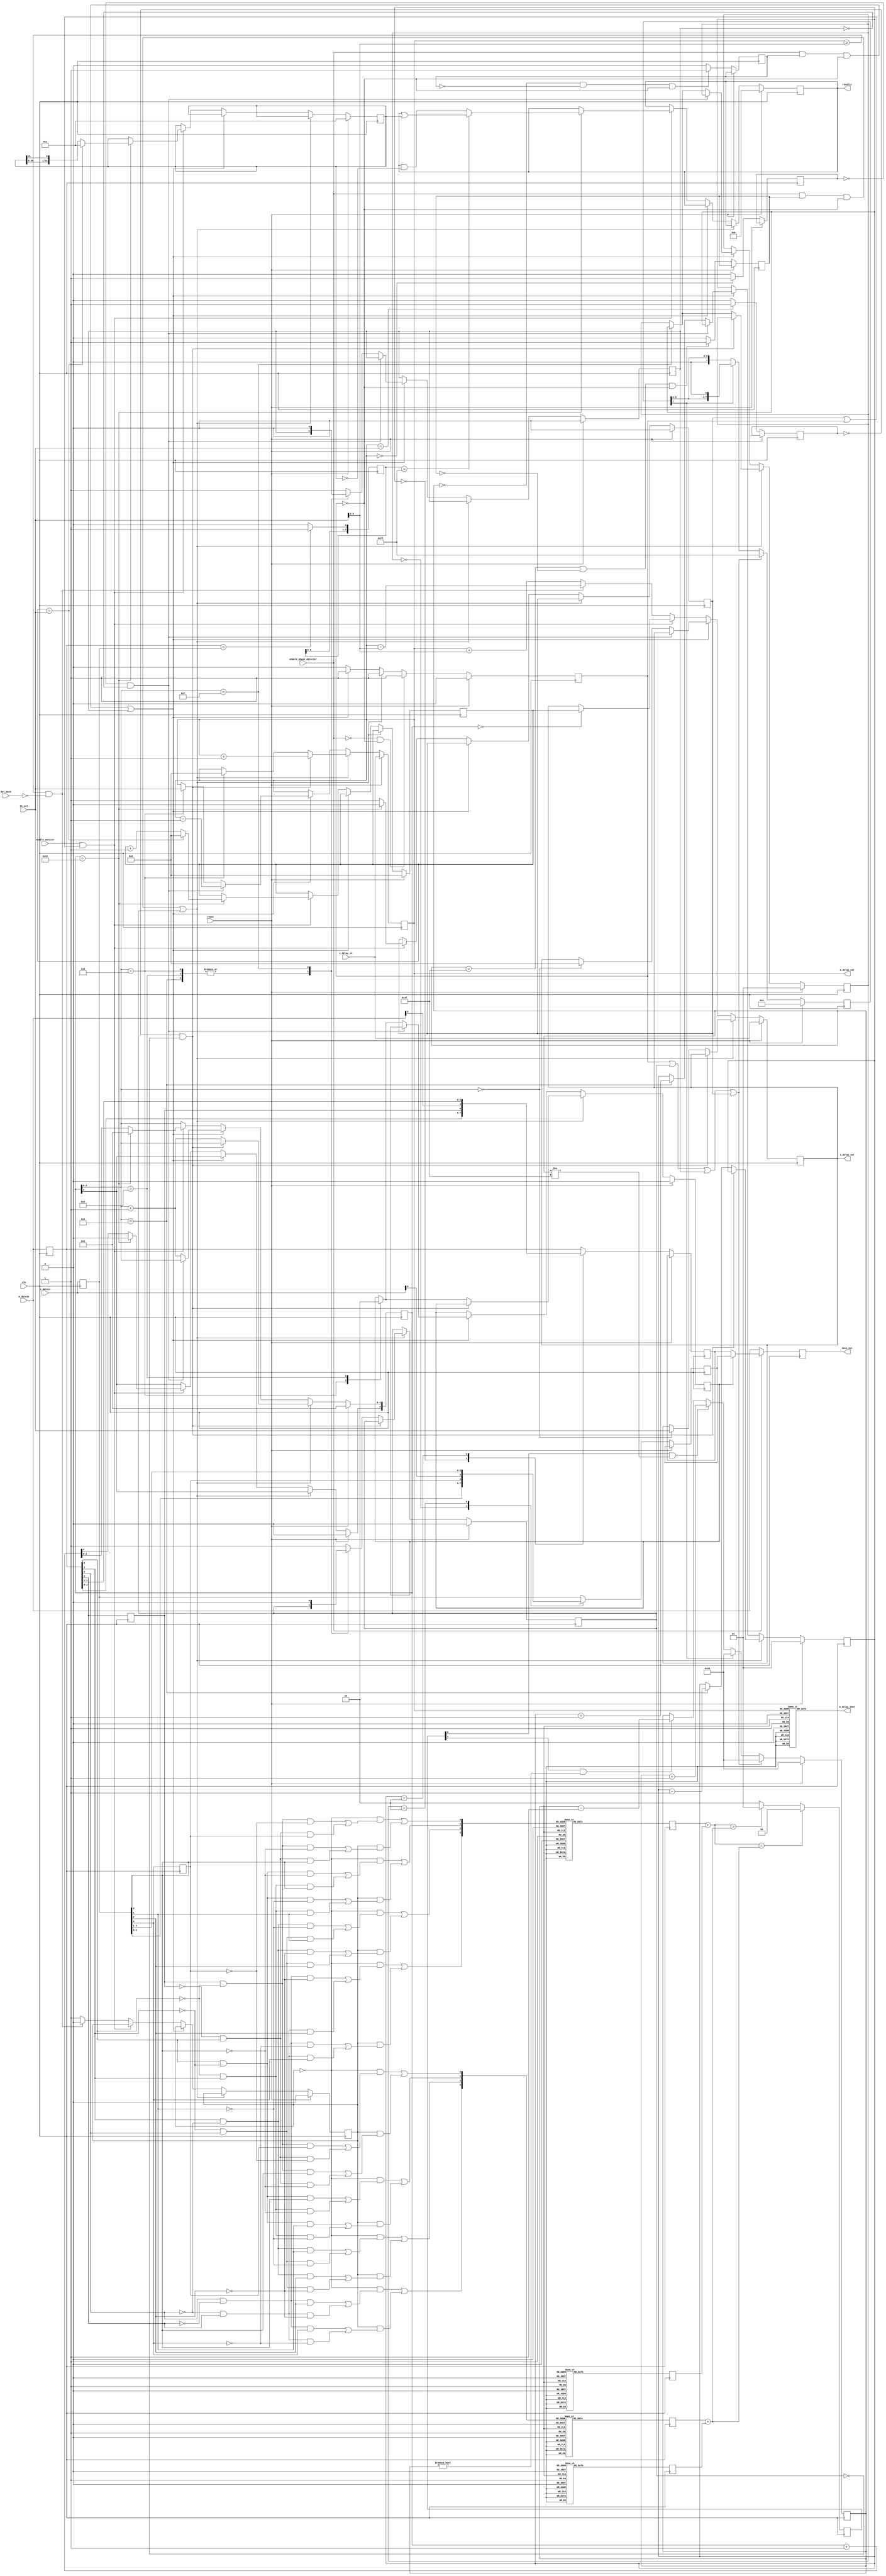
//////////////////////////////////////////////////////////////////////////////
// Copyright (c) 2012-2015 Xilinx, Inc.
// This design is confidential and proprietary of Xilinx, All Rights Reserved.
//////////////////////////////////////////////////////////////////////////////
//   ____  ____
//  /   /\/   /
// /___/  \  /   Vendor: Xilinx
// \   \   \/    Version: 1.2
//  \   \        Filename: delay_controller_wrap.v
//  /   /        Date Last Modified: 21JAN2015
// /___/   /\    Date Created: 8JAN2013
// \   \  /  \
//  \___\/\___\
// 
//Device: 	7 Series
//Purpose:  	Controls delays on a per-bit basis
//		Number of bits from each seres set via an attribute
//
//Reference:	XAPP585
//    
//Revision History:
//    Rev 1.0 - First created (nicks)
//    Rev 1.2 - Updated format (brandond)
//
//////////////////////////////////////////////////////////////////////////////
//
//  Disclaimer: 
//
//		This disclaimer is not a license and does not grant any rights to the materials 
//              distributed herewith. Except as otherwise provided in a valid license issued to you 
//              by Xilinx, and to the maximum extent permitted by applicable law: 
//              (1) THESE MATERIALS ARE MADE AVAILABLE "AS IS" AND WITH ALL FAULTS, 
//              AND XILINX HEREBY DISCLAIMS ALL WARRANTIES AND CONDITIONS, EXPRESS, IMPLIED, OR STATUTORY, 
//              INCLUDING BUT NOT LIMITED TO WARRANTIES OF MERCHANTABILITY, NON-INFRINGEMENT, OR 
//              FITNESS FOR ANY PARTICULAR PURPOSE; and (2) Xilinx shall not be liable (whether in contract 
//              or tort, including negligence, or under any other theory of liability) for any loss or damage 
//              of any kind or nature related to, arising under or in connection with these materials, 
//              including for any direct, or any indirect, special, incidental, or consequential loss 
//              or damage (including loss of data, profits, goodwill, or any type of loss or damage suffered 
//              as a result of any action brought by a third party) even if such damage or loss was 
//              reasonably foreseeable or Xilinx had been advised of the possibility of the same.
//
//  Critical Applications:
//
//		Xilinx products are not designed or intended to be fail-safe, or for use in any application 
//		requiring fail-safe performance, such as life-support or safety devices or systems, 
//		Class III medical devices, nuclear facilities, applications related to the deployment of airbags,
//		or any other applications that could lead to death, personal injury, or severe property or 
//		environmental damage (individually and collectively, "Critical Applications"). Customer assumes 
//		the sole risk and liability of any use of Xilinx products in Critical Applications, subject only 
//		to applicable laws and regulations governing limitations on product liability.
//
//  THIS COPYRIGHT NOTICE AND DISCLAIMER MUST BE RETAINED AS PART OF THIS FILE AT ALL TIMES.
//
//////////////////////////////////////////////////////////////////////////////

`timescale 1ps/1ps

module delay_controller_wrap (m_datain, s_datain, enable_phase_detector, enable_monitor, reset, clk, c_delay_in, m_delay_out, s_delay_out, data_out, bt_val, results, m_delay_1hot, del_mech) ;

parameter integer 	S = 4 ;   			// Set the number of bits

input		[S-1:0]	m_datain ;			// Inputs from master serdes
input		[S-1:0]	s_datain ;			// Inputs from slave serdes
input			enable_phase_detector ;		// Enables the phase detector logic when high
input			enable_monitor ;		// Enables the eye monitoring logic when high
input			reset ;				// Reset line synchronous to clk 
input			clk ;				// Global/Regional clock 
input		[4:0]	c_delay_in ;			// delay value found on clock line
output		[4:0]	m_delay_out ;			// Master delay control value
output		[4:0]	s_delay_out ;			// Master delay control value
output	reg	[S-1:0]	data_out ;			// Output data
input		[4:0]	bt_val ;			// Calculated bit time value for slave devices
output	reg	[31:0]	results ;			// eye monitor result data	
output	reg	[31:0]	m_delay_1hot ;			// Master delay control value as a one-hot vector	
input			del_mech ;			// changes delay mechanism slightly at higher bit rates

reg	[S-1:0]		mdataouta ;		
reg			mdataoutb ;		
reg	[S-1:0]		mdataoutc ;		
reg	[S-1:0]		sdataouta ;		
reg			sdataoutb ;		
reg	[S-1:0]		sdataoutc ;		
reg			s_ovflw ; 		
reg	[1:0]		m_delay_mux ;				
reg	[1:0]		s_delay_mux ;				
reg			data_mux ;		
reg			dec_run ;			
reg			inc_run ;			
reg			eye_run ;			
reg	[4:0]		s_state ;					
reg	[5:0]		pdcount ;					
reg	[4:0]		m_delay_val_int ;	
reg	[4:0]		s_delay_val_int ;	
reg	[4:0]		s_delay_val_eye ;	
reg			meq_max	;		
reg			meq_min	;		
reg			pd_max	;		
reg			pd_min	;		
reg			delay_change ;		
wire	[S-1:0]		all_high ;		
wire	[S-1:0]		all_low	;		
wire	[7:0]		msxoria	;		
wire	[7:0]		msxorda	;		
reg	[1:0]		action	;		
reg	[1:0]		msxor_cti ;
reg	[1:0]		msxor_ctd ;
reg	[1:0]		msxor_ctix ;
reg	[1:0]		msxor_ctdx ;
wire	[2:0]		msxor_ctiy ;
wire	[2:0]		msxor_ctdy ;
reg	[7:0]		match ;	
reg	[31:0]		shifter ;	
reg	[7:0]		pd_hold ;	
	
assign m_delay_out = m_delay_val_int ;
assign s_delay_out = s_delay_val_int ;
genvar i ;

generate

for (i = 0 ; i <= S-2 ; i = i+1) begin : loop0

assign msxoria[i+1] = ((~s_ovflw & ((mdataouta[i] & ~mdataouta[i+1] & ~sdataouta[i])   | (~mdataouta[i] & mdataouta[i+1] &  sdataouta[i]))) | 
	               ( s_ovflw & ((mdataouta[i] & ~mdataouta[i+1] & ~sdataouta[i+1]) | (~mdataouta[i] & mdataouta[i+1] &  sdataouta[i+1])))) ; // early bits                   
assign msxorda[i+1] = ((~s_ovflw & ((mdataouta[i] & ~mdataouta[i+1] &  sdataouta[i])   | (~mdataouta[i] & mdataouta[i+1] & ~sdataouta[i])))) | 
	               ( s_ovflw & ((mdataouta[i] & ~mdataouta[i+1] &  sdataouta[i+1]) | (~mdataouta[i] & mdataouta[i+1] & ~sdataouta[i+1]))) ;	// late bits
end 
endgenerate

assign msxoria[0] = ((~s_ovflw & ((mdataoutb & ~mdataouta[0] & ~sdataoutb)    | (~mdataoutb & mdataouta[0] &  sdataoutb))) | 			// first early bit
	             ( s_ovflw & ((mdataoutb & ~mdataouta[0] & ~sdataouta[0]) | (~mdataoutb & mdataouta[0] &  sdataouta[0])))) ;
assign msxorda[0] = ((~s_ovflw & ((mdataoutb & ~mdataouta[0] &  sdataoutb)    | (~mdataoutb & mdataouta[0] & ~sdataoutb)))) | 			// first late bit
	             ( s_ovflw & ((mdataoutb & ~mdataouta[0] &  sdataouta[0]) | (~mdataoutb & mdataouta[0] & ~sdataouta[0]))) ;

always @ (posedge clk) begin				// generate number of incs or decs for low 4 bits
	case (msxoria[3:0])
		4'h0    : msxor_cti <= 2'h0 ;
		4'h1    : msxor_cti <= 2'h1 ;
		4'h2    : msxor_cti <= 2'h1 ;
		4'h3    : msxor_cti <= 2'h2 ;
		4'h4    : msxor_cti <= 2'h1 ;
		4'h5    : msxor_cti <= 2'h2 ;
		4'h6    : msxor_cti <= 2'h2 ;
		4'h8    : msxor_cti <= 2'h1 ;
		4'h9    : msxor_cti <= 2'h2 ;
		4'hA    : msxor_cti <= 2'h2 ;
		4'hC    : msxor_cti <= 2'h2 ;
		default : msxor_cti <= 2'h3 ;
	endcase
	case (msxorda[3:0])
		4'h0    : msxor_ctd <= 2'h0 ;
		4'h1    : msxor_ctd <= 2'h1 ;
		4'h2    : msxor_ctd <= 2'h1 ;
		4'h3    : msxor_ctd <= 2'h2 ;
		4'h4    : msxor_ctd <= 2'h1 ;
		4'h5    : msxor_ctd <= 2'h2 ;
		4'h6    : msxor_ctd <= 2'h2 ;
		4'h8    : msxor_ctd <= 2'h1 ;
		4'h9    : msxor_ctd <= 2'h2 ;
		4'hA    : msxor_ctd <= 2'h2 ;
		4'hC    : msxor_ctd <= 2'h2 ;
		default : msxor_ctd <= 2'h3 ;
	endcase
	case (msxoria[7:4])				// generate number of incs or decs for high n bits, max 4
		4'h0    : msxor_ctix <= 2'h0 ;
		4'h1    : msxor_ctix <= 2'h1 ;
		4'h2    : msxor_ctix <= 2'h1 ;
		4'h3    : msxor_ctix <= 2'h2 ;
		4'h4    : msxor_ctix <= 2'h1 ;
		4'h5    : msxor_ctix <= 2'h2 ;
		4'h6    : msxor_ctix <= 2'h2 ;
		4'h8    : msxor_ctix <= 2'h1 ;
		4'h9    : msxor_ctix <= 2'h2 ;
		4'hA    : msxor_ctix <= 2'h2 ;
		4'hC    : msxor_ctix <= 2'h2 ;
		default : msxor_ctix <= 2'h3 ;
	endcase
	case (msxorda[7:4])
		4'h0    : msxor_ctdx <= 2'h0 ;
		4'h1    : msxor_ctdx <= 2'h1 ;
		4'h2    : msxor_ctdx <= 2'h1 ;
		4'h3    : msxor_ctdx <= 2'h2 ;
		4'h4    : msxor_ctdx <= 2'h1 ;
		4'h5    : msxor_ctdx <= 2'h2 ;
		4'h6    : msxor_ctdx <= 2'h2 ;
		4'h8    : msxor_ctdx <= 2'h1 ;
		4'h9    : msxor_ctdx <= 2'h2 ;
		4'hA    : msxor_ctdx <= 2'h2 ;
		4'hC    : msxor_ctdx <= 2'h2 ;
		default : msxor_ctdx <= 2'h3 ;
	endcase
end

assign msxor_ctiy = {1'b0, msxor_cti} + {1'b0, msxor_ctix} ;
assign msxor_ctdy = {1'b0, msxor_ctd} + {1'b0, msxor_ctdx} ;

always @ (posedge clk) begin
	if (msxor_ctiy == msxor_ctdy) begin
		action <= 2'h0 ;
	end
	else if (msxor_ctiy > msxor_ctdy) begin
		action <= 2'h1 ;
	end 
	else begin
		action <= 2'h2 ;
	end
end
		       	       
generate
for (i = 0 ; i <= S-1 ; i = i+1) begin : loop1
assign all_high[i] = 1'b1 ;
assign all_low[i] = 1'b0 ;
end 
endgenerate

always @ (posedge clk) begin
	mdataouta <= m_datain ;
	mdataoutb <= mdataouta[S-1] ;
	sdataouta <= s_datain ;
	sdataoutb <= sdataouta[S-1] ;
end
	
always @ (posedge clk) begin
	if (reset == 1'b1) begin
		s_ovflw <= 1'b0 ;
		pdcount <= 6'b100000 ;
		m_delay_val_int <= c_delay_in ; 			// initial master delay
		s_delay_val_int <= c_delay_in ; 			// initial slave delay
		data_mux <= 1'b0 ;
		m_delay_mux <= 2'b01 ;
		s_delay_mux <= 2'b01 ;
		s_state <= 5'b00000 ;
		inc_run <= 1'b0 ;
		dec_run <= 1'b0 ;
		eye_run <= 1'b0 ;
		s_delay_val_eye <= 5'h00 ;
		shifter <= 32'h00000001 ;
		delay_change <= 1'b0 ;
		results <= 32'h00000000 ;
		pd_hold <= 8'h00 ;
	end
	else begin
		case (m_delay_mux)
			2'b00   : mdataoutc <= {mdataouta[S-2:0], mdataoutb} ;
			2'b10   : mdataoutc <= {m_datain[0],      mdataouta[S-1:1]} ;
			default : mdataoutc <= mdataouta ;
		endcase 
		case (s_delay_mux)  
			2'b00   : sdataoutc <= {sdataouta[S-2:0], sdataoutb} ;
			2'b10   : sdataoutc <= {s_datain[0],      sdataouta[S-1:1]} ;
			default : sdataoutc <= sdataouta ;
		endcase
		if (m_delay_val_int == bt_val) begin
			meq_max <= 1'b1 ;
		end else begin 
			meq_max <= 1'b0 ;
		end 
		if (m_delay_val_int == 5'h00) begin
			meq_min <= 1'b1 ;
		end else begin 
			meq_min <= 1'b0 ;
		end 
		if (pdcount == 6'h3F && pd_max == 1'b0 && delay_change == 1'b0) begin
			pd_max <= 1'b1 ;
		end else begin 
			pd_max <= 1'b0 ;
		end 
		if (pdcount == 6'h00 && pd_min == 1'b0 && delay_change == 1'b0) begin
			pd_min <= 1'b1 ;
		end else begin 
			pd_min <= 1'b0 ;
		end
		if (delay_change == 1'b1 || inc_run == 1'b1 || dec_run == 1'b1 || eye_run == 1'b1) begin
			pd_hold <= 8'hFF ;
			pdcount <= 6'b100000 ; 
		end													// increment filter count
		else if (pd_hold[7] == 1'b1) begin
			pdcount <= 6'b100000 ; 
			pd_hold <= {pd_hold[6:0], 1'b0} ;
		end
		else if (action[0] == 1'b1 && pdcount != 6'b111111) begin 
			pdcount <= pdcount + 6'h01 ; 
		end													// decrement filter count
		else if (action[1] == 1'b1 && pdcount != 6'b000000) begin 
			pdcount <= pdcount - 6'h01 ; 
		end
		if ((enable_phase_detector == 1'b1 && pd_max == 1'b1 && delay_change == 1'b0) || inc_run == 1'b1) begin					// increment delays, check for master delay = max
			delay_change <= 1'b1 ;
			if (meq_max == 1'b0 && inc_run == 1'b0) begin
				m_delay_val_int <= m_delay_val_int + 5'h01 ;
			end 
			else begin											// master is max
				s_state[3:0] <= s_state[3:0] + 4'h1 ;
				case (s_state[3:0]) 
				4'b0000 : begin inc_run <= 1'b1 ; s_delay_val_int <= bt_val ; end			// indicate state machine running and set slave delay to bit time 
				4'b0110 : begin data_mux <= 1'b1 ; m_delay_val_int <= 5'b00000 ; end			// change data mux over to forward slave data and set master delay to zero
				4'b1001 : begin m_delay_mux <= m_delay_mux - 2'h1 ; end 				// change delay mux over to forward with a 1-bit less advance
				4'b1110 : begin data_mux <= 1'b0 ; end 							// change data mux over to forward master data
				4'b1111 : begin s_delay_mux <= m_delay_mux ; inc_run <= 1'b0 ; end			// change delay mux over to forward with a 1-bit less advance
				default : begin inc_run <= 1'b1 ; end
				endcase 
			end
		end
		else if ((enable_phase_detector == 1'b1 && pd_min == 1'b1 && delay_change == 1'b0) || dec_run == 1'b1) begin				// decrement delays, check for master delay = 0
			delay_change <= 1'b1 ;
			if (meq_min == 1'b0 && dec_run == 1'b0) begin
				m_delay_val_int <= m_delay_val_int - 5'h01 ;
			end
			else begin 											// master is zero
				s_state[3:0] <= s_state[3:0] + 4'h1 ;
				case (s_state[3:0]) 
				4'b0000 : begin dec_run <= 1'b1 ; s_delay_val_int <= 5'b00000 ; end			// indicate state machine running and set slave delay to zero 
				4'b0110 : begin data_mux <= 1'b1 ;  m_delay_val_int <= bt_val ;	end			// change data mux over to forward slave data and set master delay to bit time 
				4'b1001 : begin m_delay_mux <= m_delay_mux + 2'h1 ; end  				// change delay mux over to forward with a 1-bit more advance
				4'b1110 : begin data_mux <= 1'b0 ; end 							// change data mux over to forward master data
				4'b1111 : begin s_delay_mux <= m_delay_mux ; dec_run <= 1'b0 ; end			// change delay mux over to forward with a 1-bit less advance
				default : begin dec_run <= 1'b1 ; end
				endcase 
			end
		end
		else if (enable_monitor == 1'b1 && (eye_run == 1'b1 || delay_change == 1'b1)) begin
			delay_change <= 1'b0 ;
			s_state <= s_state + 5'h01 ;
			case (s_state) 
				5'b00000 : begin eye_run <= 1'b1 ; s_delay_val_int <= s_delay_val_eye ; end						// indicate state machine running and set slave delay to monitor value 
				5'b10110 : begin 
				           if (match == 8'hFF) begin results <= results | shifter ; end			//. set or clear result bit
				           else begin results <= results & ~shifter ; end 							 
				           if (s_delay_val_eye == bt_val) begin 					// only monitor active taps, ie as far as btval
				          	shifter <= 32'h00000001 ; s_delay_val_eye <= 5'h00 ; end
				           else begin shifter <= {shifter[30:0], shifter[31]} ; 
				          	s_delay_val_eye <= s_delay_val_eye + 5'h01 ; end			// 
				          	eye_run <= 1'b0 ; s_state <= 5'h00 ; end
				default :  begin eye_run <= 1'b1 ; end
			endcase 
		end
		else begin
			delay_change <= 1'b0 ;
			if (m_delay_val_int >= {1'b0, bt_val[4:1]} &&  del_mech == 1'b0) begin 						// set slave delay to 1/2 bit period beyond or behind the master delay
				s_delay_val_int <= m_delay_val_int - {1'b0, bt_val[4:1]} ;
				s_ovflw <= 1'b0 ;
			end
			else begin
				s_delay_val_int <= m_delay_val_int + {1'b0, bt_val[4:1]} ;
				s_ovflw <= 1'b1 ;
			end 
		end 
		if (enable_phase_detector == 1'b0 && delay_change == 1'b0) begin
			delay_change <= 1'b1 ;
		end
	end
	if (enable_phase_detector == 1'b1) begin
		if (data_mux == 1'b0) begin
			data_out <= mdataoutc ;
		end else begin 
			data_out <= sdataoutc ;
		end
	end
	else begin
		data_out <= m_datain ;	
	end
end

always @ (posedge clk) begin
	if ((mdataouta == sdataouta)) begin
		match <= {match[6:0], 1'b1} ;
	end else begin
		match <= {match[6:0], 1'b0} ;
	end
end

always @ (m_delay_val_int) begin
	case (m_delay_val_int)
	    	5'b00000	: m_delay_1hot <= 32'h00000001 ;
	    	5'b00001	: m_delay_1hot <= 32'h00000002 ;
	    	5'b00010	: m_delay_1hot <= 32'h00000004 ;
	    	5'b00011	: m_delay_1hot <= 32'h00000008 ;
	    	5'b00100	: m_delay_1hot <= 32'h00000010 ;
	    	5'b00101	: m_delay_1hot <= 32'h00000020 ;
	    	5'b00110	: m_delay_1hot <= 32'h00000040 ;
	    	5'b00111	: m_delay_1hot <= 32'h00000080 ;
	    	5'b01000	: m_delay_1hot <= 32'h00000100 ;
	    	5'b01001	: m_delay_1hot <= 32'h00000200 ;
	    	5'b01010	: m_delay_1hot <= 32'h00000400 ;
	    	5'b01011	: m_delay_1hot <= 32'h00000800 ;
	    	5'b01100	: m_delay_1hot <= 32'h00001000 ;
	    	5'b01101	: m_delay_1hot <= 32'h00002000 ;
	    	5'b01110	: m_delay_1hot <= 32'h00004000 ;
	    	5'b01111	: m_delay_1hot <= 32'h00008000 ;
            	5'b10000	: m_delay_1hot <= 32'h00010000 ;
            	5'b10001	: m_delay_1hot <= 32'h00020000 ;
            	5'b10010	: m_delay_1hot <= 32'h00040000 ;
            	5'b10011	: m_delay_1hot <= 32'h00080000 ;
            	5'b10100	: m_delay_1hot <= 32'h00100000 ;
            	5'b10101	: m_delay_1hot <= 32'h00200000 ;
            	5'b10110	: m_delay_1hot <= 32'h00400000 ;
            	5'b10111	: m_delay_1hot <= 32'h00800000 ;
            	5'b11000	: m_delay_1hot <= 32'h01000000 ;
            	5'b11001	: m_delay_1hot <= 32'h02000000 ;
            	5'b11010	: m_delay_1hot <= 32'h04000000 ;
            	5'b11011	: m_delay_1hot <= 32'h08000000 ;
            	5'b11100	: m_delay_1hot <= 32'h10000000 ;
            	5'b11101	: m_delay_1hot <= 32'h20000000 ;
            	5'b11110	: m_delay_1hot <= 32'h40000000 ;
            	default		: m_delay_1hot <= 32'h80000000 ; 
         endcase
end
   	
endmodule